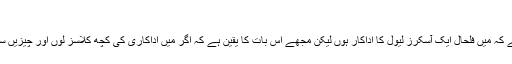
’
ان کا مزید کہنا تھا کہ ‘میں یہ نہیں کہہ رہا ہے کہ میں فلحال ایک آسکرز لیول کا اداکار ہوں لیکن مجھے اس بات کا یقین ہے کہ اگر میں اداکاری کی کچھ کلاسز لوں اور چیزیں سیکھ جاؤں تو ضرور آسکرحاصل کرسکتا ہوں۔